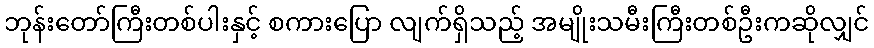
ဘုန်းတော်ကြီးတစ်ပါးနှင့် စကားပြော လျက်ရှိသည့် အမျိုးသမီးကြီးတစ်ဦးကဆိုလျှင်